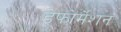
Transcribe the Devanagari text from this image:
डेफोर्मेशन